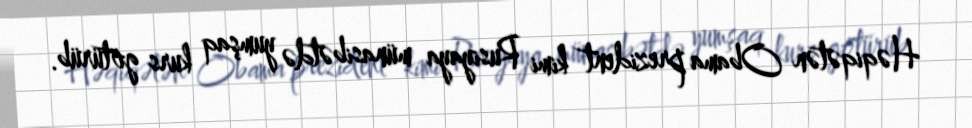
Həqiqətən Obama prezident kimi Rusiyaya münasibətdə yumşaq kurs götürüb.